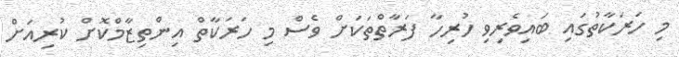
މި ހަރަކާތުގައި ބައިވެރިވި ހުރިހާ ފަރާތްތަކަށް ވެސް މި ހަރަކާތް އިންތިޒާމްކޮށް ކުރިއަށް